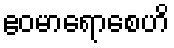
ဧဝမာရောစေဟိ